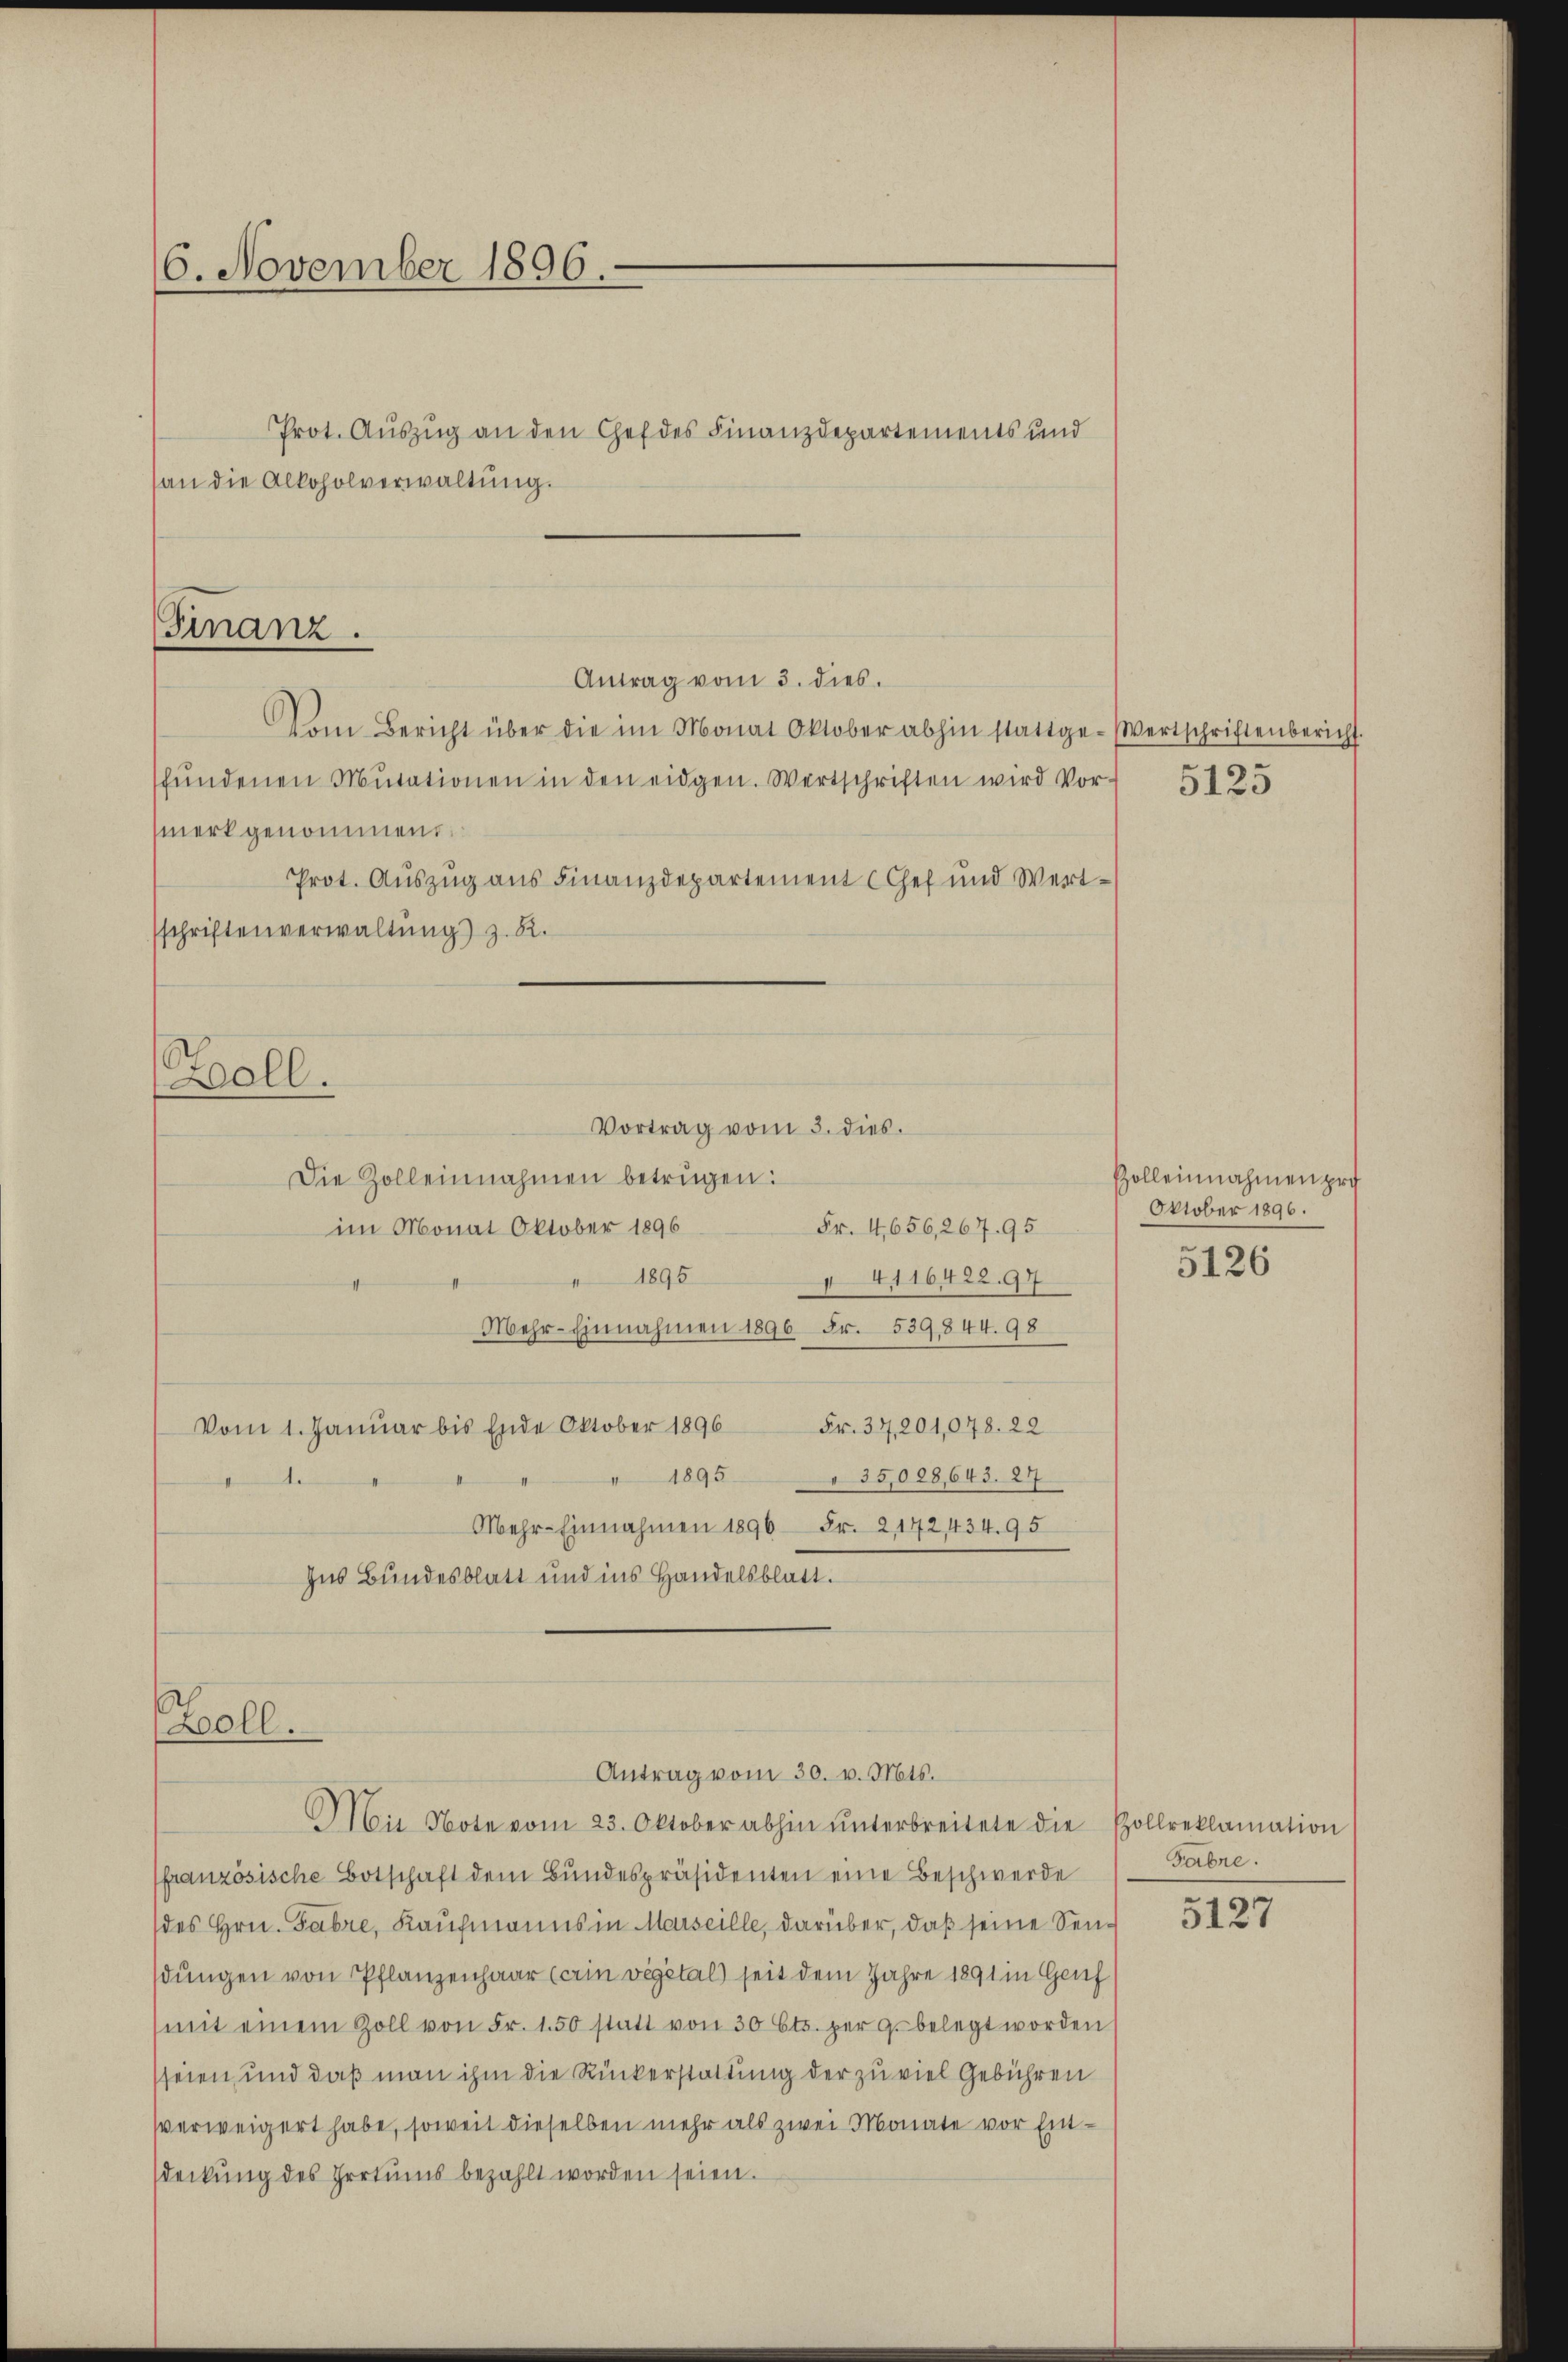
(6. November 1896.
Prot. Auszug an den Chef des Finanzdepartements und
an die Alkoholverwaltung.

Vom Bericht über die im Monat Oktober abhin stattge-
fŭndenen Mutationen in den eidgen. Wertschriften wird Vor-
merkgenommen.
Prot. Auszug aus Finanzdepartement CGef und Wertsschriftenverwaltung) z. B.
5
Boll.
Vortrag vom 3. dies.
Die Zolleinnahmen betrügen:
Fr. 4,656,267. 95
im Monat Oktober 1896
1895
4116422.97
Mehr-Einnahmen 1896 Fr. 539844. 98
Fr. 37,201,078. 22
Vom 1. Januar bis Ende Oktober 1896
1895
35,028,643. 27
1.
Mehr-Einnahmen 1896 Fr. 2142, 434. 95
Ins Bundesblatt und ins Handelsblatt.

Finanz.
Antrag vom 3. dies.

Boll.
Antrag vom 30. v. Mts.
Mie Note vom 23. Oktober abhin ŭnterbreitete die Pollreklamation

Wertschriftenbericht.
5125

ffranzösische Botschaft dem Bundespräsidenten eine Beschwerde
des Hrn. Fabre, Kaufmanns in Marseille, darüber, daß seine Sendungen von Pflanzenhaar (ein vegetal) seit dem Jahre 1891 in Genf
(mit einem Zoll von Fr. 1.50 statt von 30 Cts. per 9. belegt worden
sseien, und daß man ihm die Rückerstattung der zu viel Gebühren
verweigert habe, soweit dieselben mehr als zwei Monate vor Entsdeckung des Irrtums bezahlt worden seien.

Polleinnahmen pro
Oktober 1896.
5126

Fabre.

5127